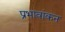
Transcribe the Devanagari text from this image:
प्रभावांकन